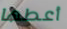
أعطها